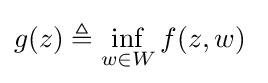
g(z)\triangleq \inf _{w\in W}f(z,w)\